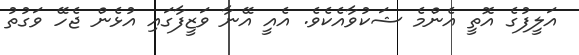
އަލީފުގެ އޮތީ އެންމެ ޝަކުވާއެކެވެ. އެއީ އޭނާ ވަޒީފާގައި އުޅެން ޖެހޭ ވަގުތު